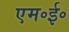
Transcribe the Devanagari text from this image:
एम॰ई॰